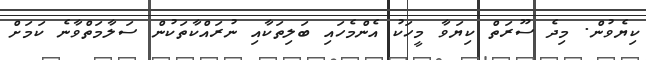
ކިޔެވުން. މިދެ ސޫރަތް ކިޔަވާ މީހަކު އެންމެހައި ބަލިތަކާއި ނުރައްކާތަކުން ސަލާމަތްވާނެ ކަމަށް